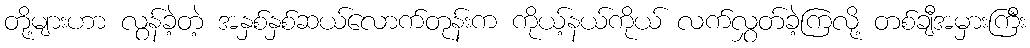
တို့များဟာ လွန်ခဲ့တဲ့ အနှစ်နှစ်ဆယ်လောက်တုန်းက ကိုယ့်နယ်ကိုယ် လက်လွှတ်ခဲ့ကြလို့ တစ်ချီအမှားကြီး